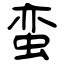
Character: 蛮